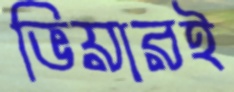
ভিয়ারই